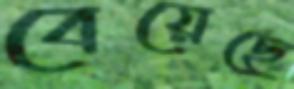
বেয়েছে